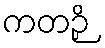
ကတဉှိ